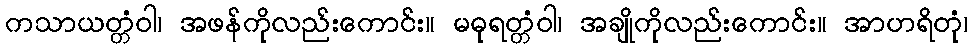
ကသာယတ္တံဝါ၊ အဖန်ကိုလည်းကောင်း။ မဓုရတ္တံဝါ၊ အချိုကိုလည်းကောင်း။ အာဟရိတုံ၊